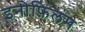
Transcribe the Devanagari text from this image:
इनोफ़िलम